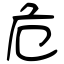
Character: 危